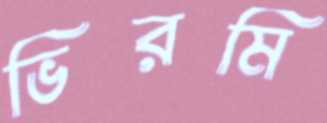
ভিরমি